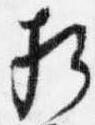
相